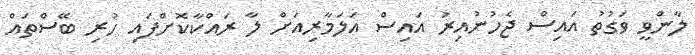
ލާންވީ ވަގުތު އައިސް ޖެހުނުއިރު އައިސް އަލަމާރިއަށް ލާ ރައްކާކޮށްފައި ހުރި ބޭސްތައް